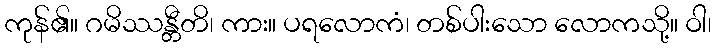
ကုန်၏။ ဂမိဿန္တီတိ၊ ကား။ ပရလောကံ၊ တစ်ပါးသော လောကသို့။ ဝါ၊